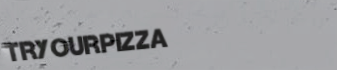
TryOurPizza